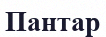
Пантар